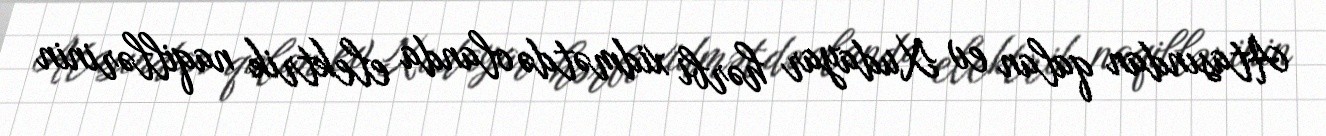
Atasından qalan ev Xudayar hərbi xidmətdə olanda elektrik naqillərinin